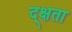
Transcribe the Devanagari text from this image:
द्क्षता